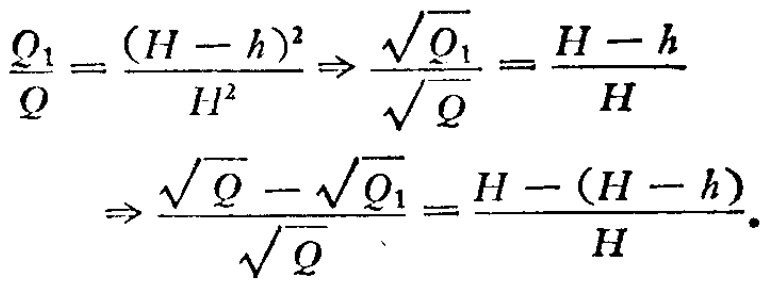
\[\frac{Q_{1}}{Q}=\frac{(H - h)^{2}}{H^{2}}\Rightarrow\frac{\sqrt{Q_{1}}}{\sqrt{Q}}=\frac{H - h}{H}\Rightarrow\frac{\sqrt{Q}-\sqrt{Q_{1}}}{\sqrt{Q}}=\frac{H-(H - h)}{H}.\]